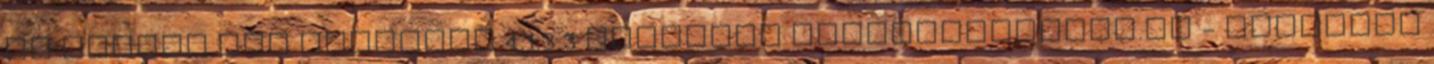
új kezdet DVD KMPlayer 4.1.3.3 letöltés LETOLTOKOZPONT.HU - Ingyenes